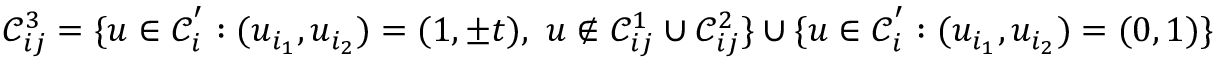
\mathcal { C } _ { i j } ^ { 3 } = \{ \boldsymbol { u } \in \mathcal { C } _ { i } ^ { ' } : ( u _ { i _ { 1 } } , u _ { i _ { 2 } } ) = ( 1 , \pm t ) , \ \boldsymbol { u } \notin \mathcal { C } _ { i j } ^ { 1 } \cup \mathcal { C } _ { i j } ^ { 2 } \} \cup \{ \boldsymbol { u } \in \mathcal { C } _ { i } ^ { ' } : ( u _ { i _ { 1 } } , u _ { i _ { 2 } } ) = ( 0 , 1 ) \}